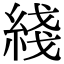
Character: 綫